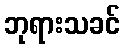
ဘုရားသခင်